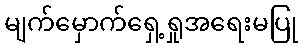
မျက်မှောက်ရှေ့ရှုအရေးမပြု